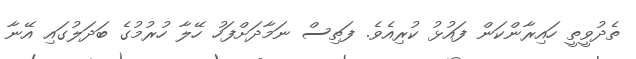
ތެދުވީތީ ހައިރާންކަން ފައުޅު ކުރިއެވެ. ފަތިސް ނަމާދަށްފަހު ހޭލާ ހުރުމުގެ ބަދަލުގައި އޭނާ